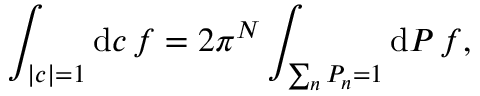
\int _ { | c | = 1 } \mathrm { d } c \, f = 2 \pi ^ { N } \int _ { \sum _ { n } P _ { n } = 1 } \mathrm { d } P \, f ,